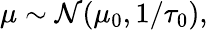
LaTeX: \mu\sim{\mathcal{N}}(\mu_{0},1/\tau_{0}),